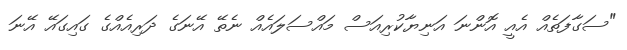
"ސަގާފަތެއް އެއީ އޮންނަ އަނިޔާކުރިއަސް މައްސަލައެއް ނެތޭ އޭނަގެ ދަރިއެއްގެ ގައިގައޭ އޭނަ